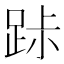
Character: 𨀚